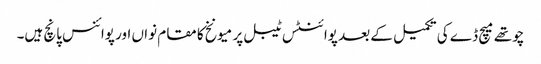
چوتھے میچ ڈے کی تکمیل کے بعد پوائنٹس ٹیبل پر میونخ کا مقام نواں اور پوائنس پانچ ہیں۔